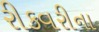
રીકવરીના